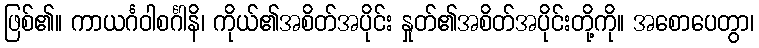
ဖြစ်၏။ ကာယင်္ဂဝါစင်္ဂါနိ၊ ကိုယ်၏အစိတ်အပိုင်း နှုတ်၏အစိတ်အပိုင်းတို့ကို။ အစောပေတွာ၊